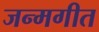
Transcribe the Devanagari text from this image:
जन्मगीत